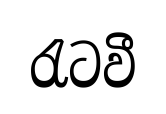
රැටවී